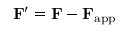
\mathbf { F } ^ { \prime } = \mathbf { F } - \mathbf { F } _ { \mathrm { a p p } }